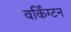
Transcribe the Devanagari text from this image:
वर्किंग्टन